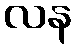
လန